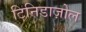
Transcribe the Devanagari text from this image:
टिनिडाज़ोल